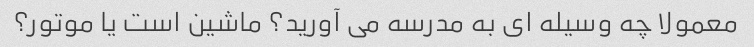
معمولا چه وسیله ای به مدرسه می آورید؟ ماشین است یا موتور؟